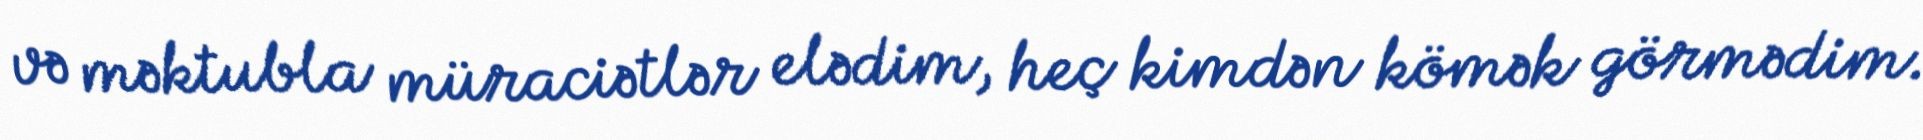
və məktubla müraciətlər elədim, heç kimdən kömək görmədim.